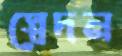
স্বেদন